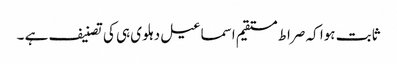
ثابت ہوا کہ صراط مستقیم اسماعیل دہلوی ہی کی تصنیف ہے ۔